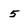
Character: 5